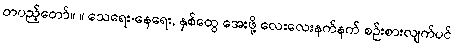
တပည့်တော်။ ။ သေရေး-နေရေး, နှစ်ထွေ အေးဖို့ လေးလေးနက်နက် စဉ်းစားလျက်ပင်